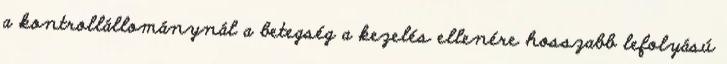
a kontrollállománynál a betegség a kezelés ellenére hosszabb lefolyású